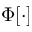
\Phi [ \cdot ]